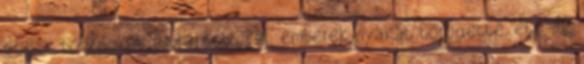
egész bolygókat robbantott fel, emberek nyakát törögette, etc. de